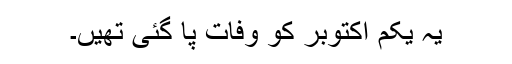
یہ یکم اکتوبر کو وفات پا گئی تھیں۔